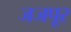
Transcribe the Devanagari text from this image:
जजपूर